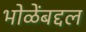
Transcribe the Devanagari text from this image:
भोळेंबद्दल